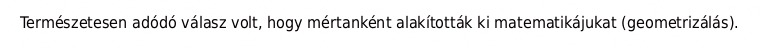
Természetesen adódó válasz volt, hogy mértanként alakították ki matematikájukat (geometrizálás).